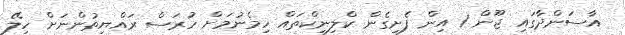
އާސަންދާގައި ޖޫން 1 އިން ފެށިގެން ކްލިނިކްތައް ހިމެނުމަށް ހުރަސް ރައްޔިތުންނަށް ހިލޭ